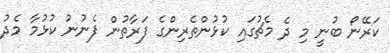
ކަރޭނޯ ބުނީ މި ދެ މެޗުގައި ކުޅުންތެރިންގެ ފަރާތުން ފެނުނު ކުޅުމާ މެދު